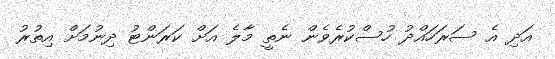
އަދި އެ ސަރަހައްދު ހުސްކުރެވެން ނެތީ މާލެ އަށް ކަރަންޓު ދިނުމަށް އިތުރު